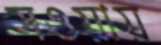
সওয়ায়